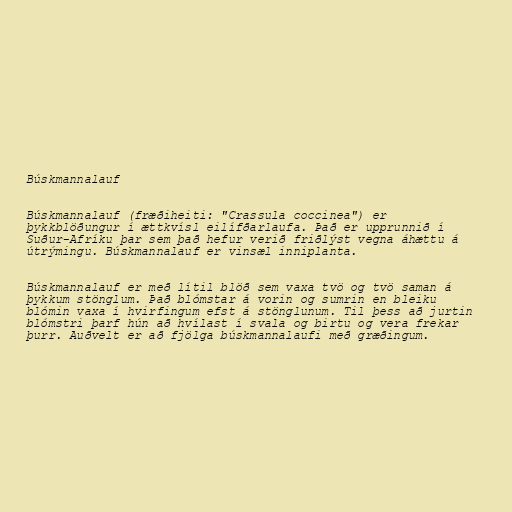
Búskmannalauf

Búskmannalauf (fræðiheiti: "Crassula coccinea") er
þykkblöðungur í ættkvísl eilífðarlaufa. Það er upprunnið í
Suður-Afríku þar sem það hefur verið friðlýst vegna áhættu á
útrýmingu. Búskmannalauf er vinsæl inniplanta.

Búskmannalauf er með lítil blöð sem vaxa tvö og tvö saman á
þykkum stönglum. Það blómstar á vorin og sumrin en bleiku
blómin vaxa í hvirfingum efst á stönglunum. Til þess að jurtin
blómstri þarf hún að hvílast í svala og birtu og vera frekar
þurr. Auðvelt er að fjölga búskmannalaufi með græðingum.